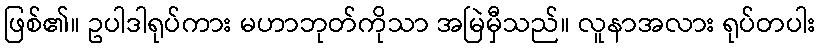
ဖြစ်၏။ ဥပါဒါရုပ်ကား မဟာဘုတ်ကိုသာ အမြဲမှီသည်။ လူနာအလား ရုပ်တပါး